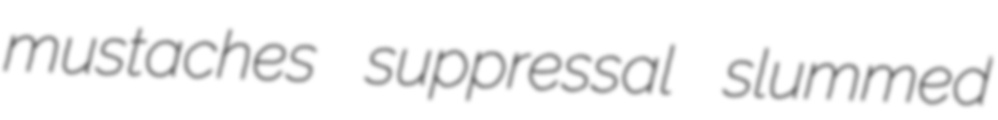
mustaches suppressal slummed